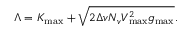
\Lambda = K _ { \operatorname* { m a x } } + \sqrt { 2 \Delta v N _ { v } V _ { \operatorname* { m a x } } ^ { 2 } g _ { \operatorname* { m a x } } } .